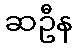
ဆဦန